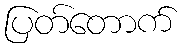
ပြတ်တောက်